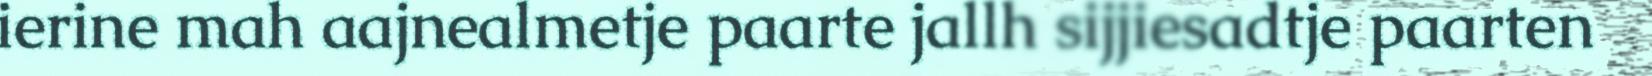
ierine mah aajnealmetje paarte jallh sijjiesadtje paarten